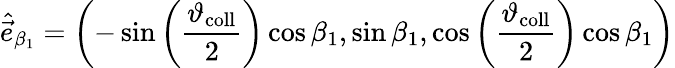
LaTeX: \hat{\vec{e}}_{\beta_{1}}=\left(-\sin\left(\frac{\vartheta_{\mathrm{coll}}}{2}\right)\cos\beta_{1},\sin\beta_{1},\cos\left(\frac{\vartheta_{\mathrm{coll}}}{2}\right)\cos\beta_{1}\right)